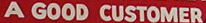
A GOOD CUSTOMER